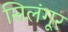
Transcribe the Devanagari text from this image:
सिलंगूर